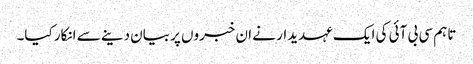
تاہم سی بی آئی کی ایک عہدیدار نے ان خبروں پر بیان دینے سے انکار کیا۔